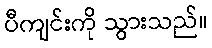
ပီကျင်းကို သွားသည်။